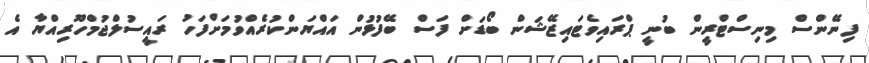
ފިނޭންސް މިނިސްޓްރީން ބުނީ ޕްރައިވެޓައިޒޭޝަން ބޯޑަށް ފަސް ބޭފުޅުން އައްޔަންކުރެއްވުމަށްފަހު ރައީސުލްޖުމްހޫރިއްޔާ އެ